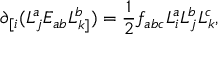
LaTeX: \partial _ { [ i } ( L _ { j } ^ { a } E _ { a b } L _ { k ] } ^ { b } ) = \frac { 1 } { 2 } f _ { a b c } L _ { i } ^ { a } L _ { j } ^ { b } L _ { k } ^ { c } ,